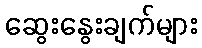
ဆွေးနွေးချက်များ